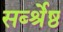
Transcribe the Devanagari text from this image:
सर्ब्श्रेष्ठ